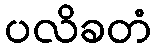
ပလိခတံ